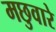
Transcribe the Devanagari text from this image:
मछुवारे